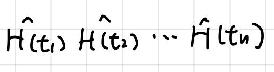
\(\hat{H}(t_1),\hat{H}(t_2),\cdots,\hat{H}(t_n)\)